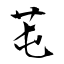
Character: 芚